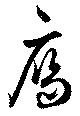
鴈